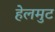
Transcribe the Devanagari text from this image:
हेलमुट